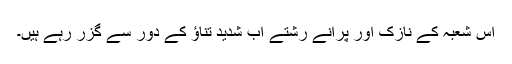
اس شعبہ کے نازک اور پرانے رشتے اب شدید تناؤ کے دور سے گزر رہے ہیں۔